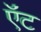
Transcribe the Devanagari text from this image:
ऍंट